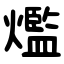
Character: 爁